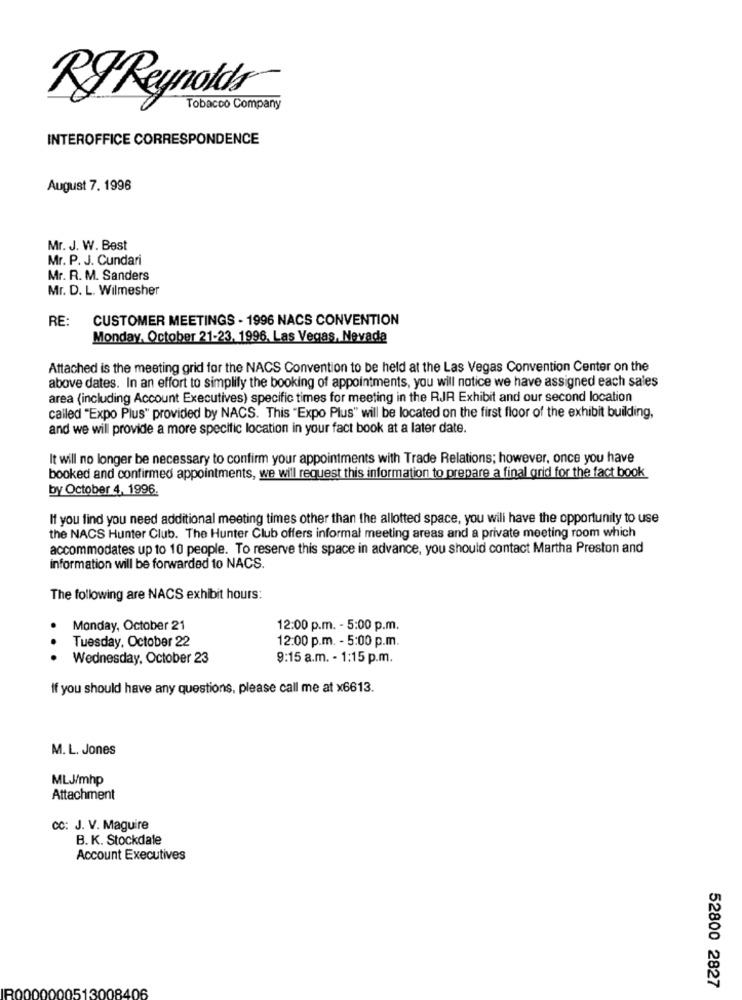
RF Reynolds
Tobacco Company
INTEROFFICE CORRESPONDENCE
August 7. 1996
Mr. J. W. Best
Mr. P. J. Cundari
Mr. R. M. Sanders
Mr. D. L. Wilmesher
RE:
CUSTOMER MEETINGS - 1996 NACS CONVENTION
Monday, October 21-23, 1996, Las Vegas, Nevada
Attached is the meeting grid for the NACS Convention to be held at the Las Vegas Convention Center on the
above dates. In an effort to simplify the booking of appointments, you will notice we have assigned each sales
area (including Account Executives) specific times for meeting in the RJR Exhibit and our second location
called "Expo Plus" provided by NACS. This "Expo Plus" will be located on the first floor of the exhibit building,
and we will provide a more specific location in your fact book at a later date.
It will no longer be necessary to confirm your appointments with Trade Relations; however, once you have
booked and confirmed appointments, we will request this information to prepare a final grid for the fact book
by October 4, 1996.
If you find you need additional meeting times other than the allotted space, you will have the opportunity to use
the NACS Hunter Club. The Hunter Club offers informal meeting areas and a private meeting room which
accommodates up to 10 people. To reserve this space in advance, you should contact Martha Preston and
information will be forwarded to NACS.
The following are NACS exhibit hours:
Monday, October 21
12:00 p.m. - 5:00 p.m.
Tuesday, October 22
12:00 p.m. - 5:00 p.m.
Wednesday, October 23
9:15 a.m. - 1:15 p.m.
If you should have any questions, please call me at x6613.
M. L. Jones
MLJ/mhp
Attachment
CC: J. V. Maguire
B. K. Stockdale
Account Executives
52800 2827
1513
084